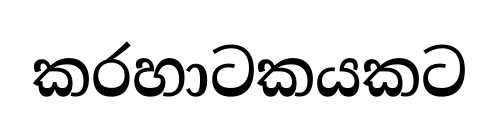
කරහාටකයකට